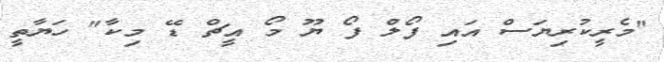
"މެރީކުރިޔަސް އައި ފޯލް ފޯ ޔޫ މޯ އީޗް ޑޭ މިކާ" ހަޔާތީ